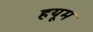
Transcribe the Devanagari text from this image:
हयूम